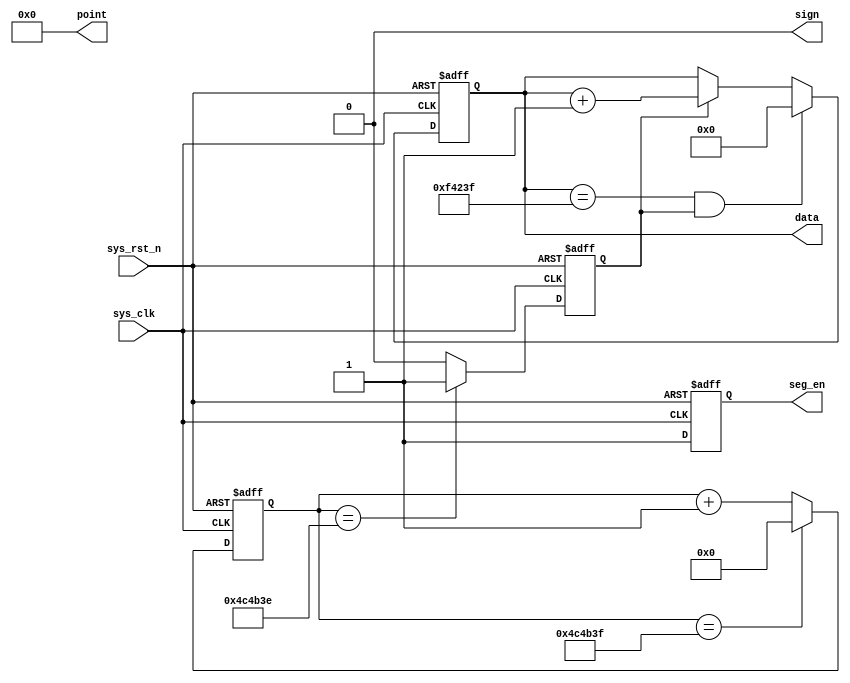
module  data_gen
#(
    parameter   CNT_WAIT_MAX = 23'd4999_999,
    parameter   NUM_MAX = 20'd999_999
                
)
(

    input   wire            sys_clk     ,
    input   wire            sys_rst_n   ,

    output  reg     [19:0]  data        ,
    output  wire    [5:0]   point       ,
    output  wire            sign        ,
    output  reg             seg_en      

);

reg     [22:0]  cnt_wait;
reg             cnt_flag;

always@(posedge sys_clk or negedge sys_rst_n)
    if(sys_rst_n == 1'b0)
        cnt_wait <= 23'd0;
    else    if(cnt_wait == CNT_WAIT_MAX)
        cnt_wait <= 23'd0;
    else
        cnt_wait <= cnt_wait + 1'b1;
        
always@(posedge sys_clk or negedge sys_rst_n)
    if(sys_rst_n == 1'b0)
        cnt_flag <= 1'b0;
    else    if(cnt_wait == CNT_WAIT_MAX - 1)    
        cnt_flag <= 1'b1;
    else
        cnt_flag <= 1'b0;

always@(posedge sys_clk or negedge sys_rst_n)
    if(sys_rst_n == 1'b0)
        data <= 20'd0;
    else    if(data == NUM_MAX && cnt_flag == 1'b1)
        data <= 20'd0;
    else    if(cnt_flag == 1'b1)
        data <= data + 1'b1;

assign sign = 1'b0;
assign point = 6'b000_000;

always@(posedge sys_clk or negedge sys_rst_n)
    if(sys_rst_n == 1'b0)
        seg_en <= 1'b0;
    else
        seg_en <= 1'b1;




endmodule